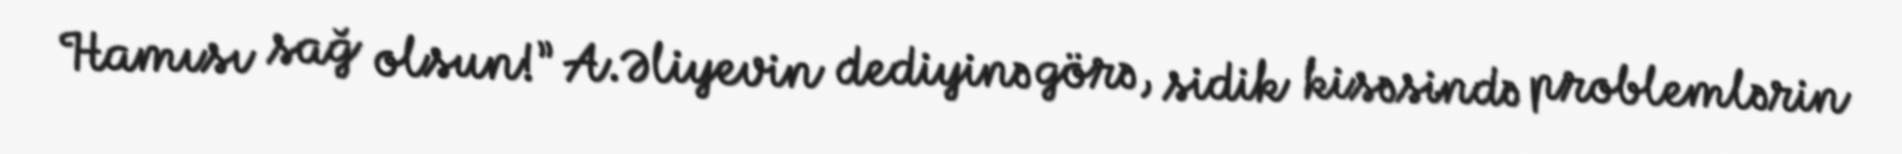
Hamısı sağ olsun!” A.Əliyevin dediyinə görə, sidik kisəsində problemlərin